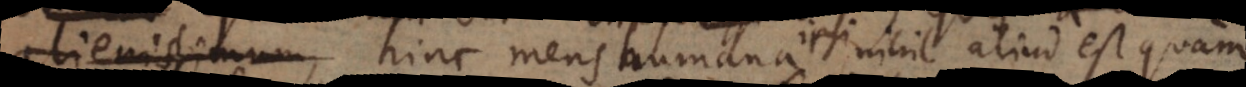
extensionis; hinc mens humana ipsi nihil aliud est quam